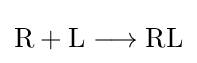
{{\text{R}}{}+{}{\text{L}}{}\mathrel {\longrightarrow } {}{\text{RL}}}